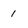
Character: 1